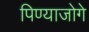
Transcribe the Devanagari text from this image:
पिण्याजोगे